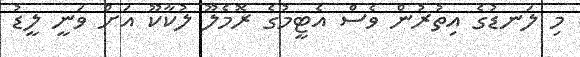
މި ލަނޑުގެ އިތުރުން ވެސް އެޓީމުގެ ރޮމެލޫ ލުކާކޫ އަށް ވަނީ ލީޑު